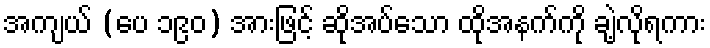
အကျယ် (ပေ ၁၉၀) အားဖြင့် ဆိုအပ်သော ထိုအနက်ကို ချဲ့လိုရကား